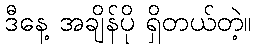
ဒီနေ့ အချိန်ပို ရှိတယ်တဲ့။